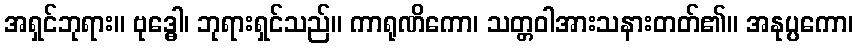
အရှင်ဘုရား။ ဗုဒ္ဓေါ၊ ဘုရားရှင်သည်။ ကာရုဏိကော၊ သတ္တဝါအားသနားတတ်၏။ အနုပ္ပကော၊